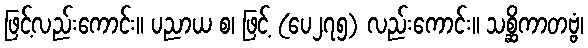
ဖြင့်လည်းကောင်း။ ပညာယ စ၊ ဖြင့် (ပေ၂၇၅) လည်းကောင်း။ သစ္ဆိကာတဗ္ဗံ၊